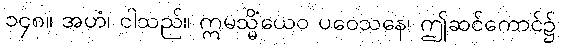
၁၄၈။ အဟံ၊ ငါသည်။ ဣမသ္မိံယေဝ ပဝေသနေ၊ ဤဆင်ကောင်၌